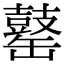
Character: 𪔕